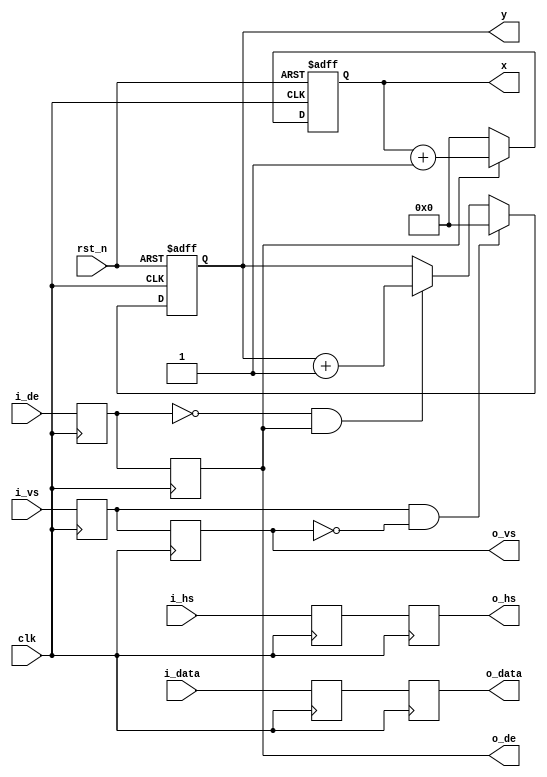
module timing_gen_xy
#(
	parameter DATA_WIDTH = 16                       // Video data one clock data width
)(
	input                   rst_n,   
	input                   clk,
	input                   i_hs,    
	input                   i_vs,    
	input                   i_de,    
	input[DATA_WIDTH - 1:0] i_data,  
	output                  o_hs,    
	output                  o_vs,    
	output                  o_de,    
	output[DATA_WIDTH - 1:0]o_data,  
	output[11:0]            x,        // video position X
	output[11:0]            y         // video position y
);
reg de_d0;
reg de_d1;
reg vs_d0;
reg vs_d1;
reg hs_d0;
reg hs_d1;
reg[DATA_WIDTH - 1:0] i_data_d0;
reg[DATA_WIDTH - 1:0] i_data_d1;
reg[11:0] x_cnt = 12'd0;
reg[11:0] y_cnt = 12'd0;
wire vs_edge;
wire de_falling;
assign vs_edge = vs_d0 & ~vs_d1;  
assign de_falling = ~de_d0 & de_d1;
assign o_de = de_d1;
assign o_vs = vs_d1;
assign o_hs = hs_d1;
assign o_data = i_data_d1;
always@(posedge clk)
begin
	de_d0 <= i_de;
	de_d1 <= de_d0;
	vs_d0 <= i_vs;
	vs_d1 <= vs_d0;
	hs_d0 <= i_hs;
	hs_d1 <= hs_d0;
	i_data_d0 <= i_data;
	i_data_d1 <= i_data_d0;
end
always@(posedge clk or negedge rst_n)
begin
	if(rst_n == 1'b0)
		x_cnt <= 12'd0;
	else if(de_d1 == 1'b1)
		x_cnt <= x_cnt + 12'd1;
	else
		x_cnt <= 12'd0;
end
always@(posedge clk or negedge rst_n)
begin
	if(rst_n == 1'b0)
		y_cnt <= 12'd0;
	else if(vs_edge == 1'b1)
		y_cnt <= 12'd0;
	else if(de_falling == 1'b1)
		y_cnt <= y_cnt + 12'd1;
	else
		y_cnt <= y_cnt;
end
assign x = x_cnt;
assign y = y_cnt;
endmodule